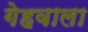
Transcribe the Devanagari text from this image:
गेहवाला